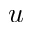
u